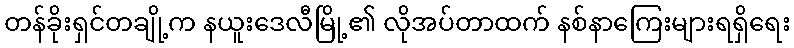
တန်ခိုးရှင်တချို့က နယူးဒေလီမြို့၏ လိုအပ်တာထက် နစ်နာကြေးများရရှိရေး